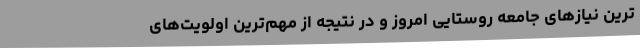
ترین نیازهای جامعه روستایی امروز و در نتیجه از مهم‌ترین اولویت‌های